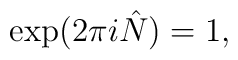
\exp( 2 \pi i \hat{N} ) = 1,